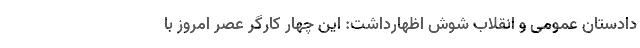
دادستان عمومی و انقلاب شوش اظهارداشت: این چهار کارگر عصر امروز با